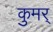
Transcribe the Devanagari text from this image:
कुमर्